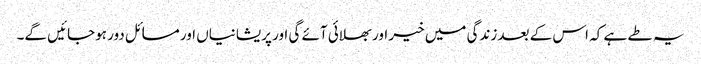
یہ طے ہے کہ اس کے بعد زندگی میں خیر اور بھلائی آئے گی اور پریشانیاں اور مسائل دور ہوجائیں گے۔